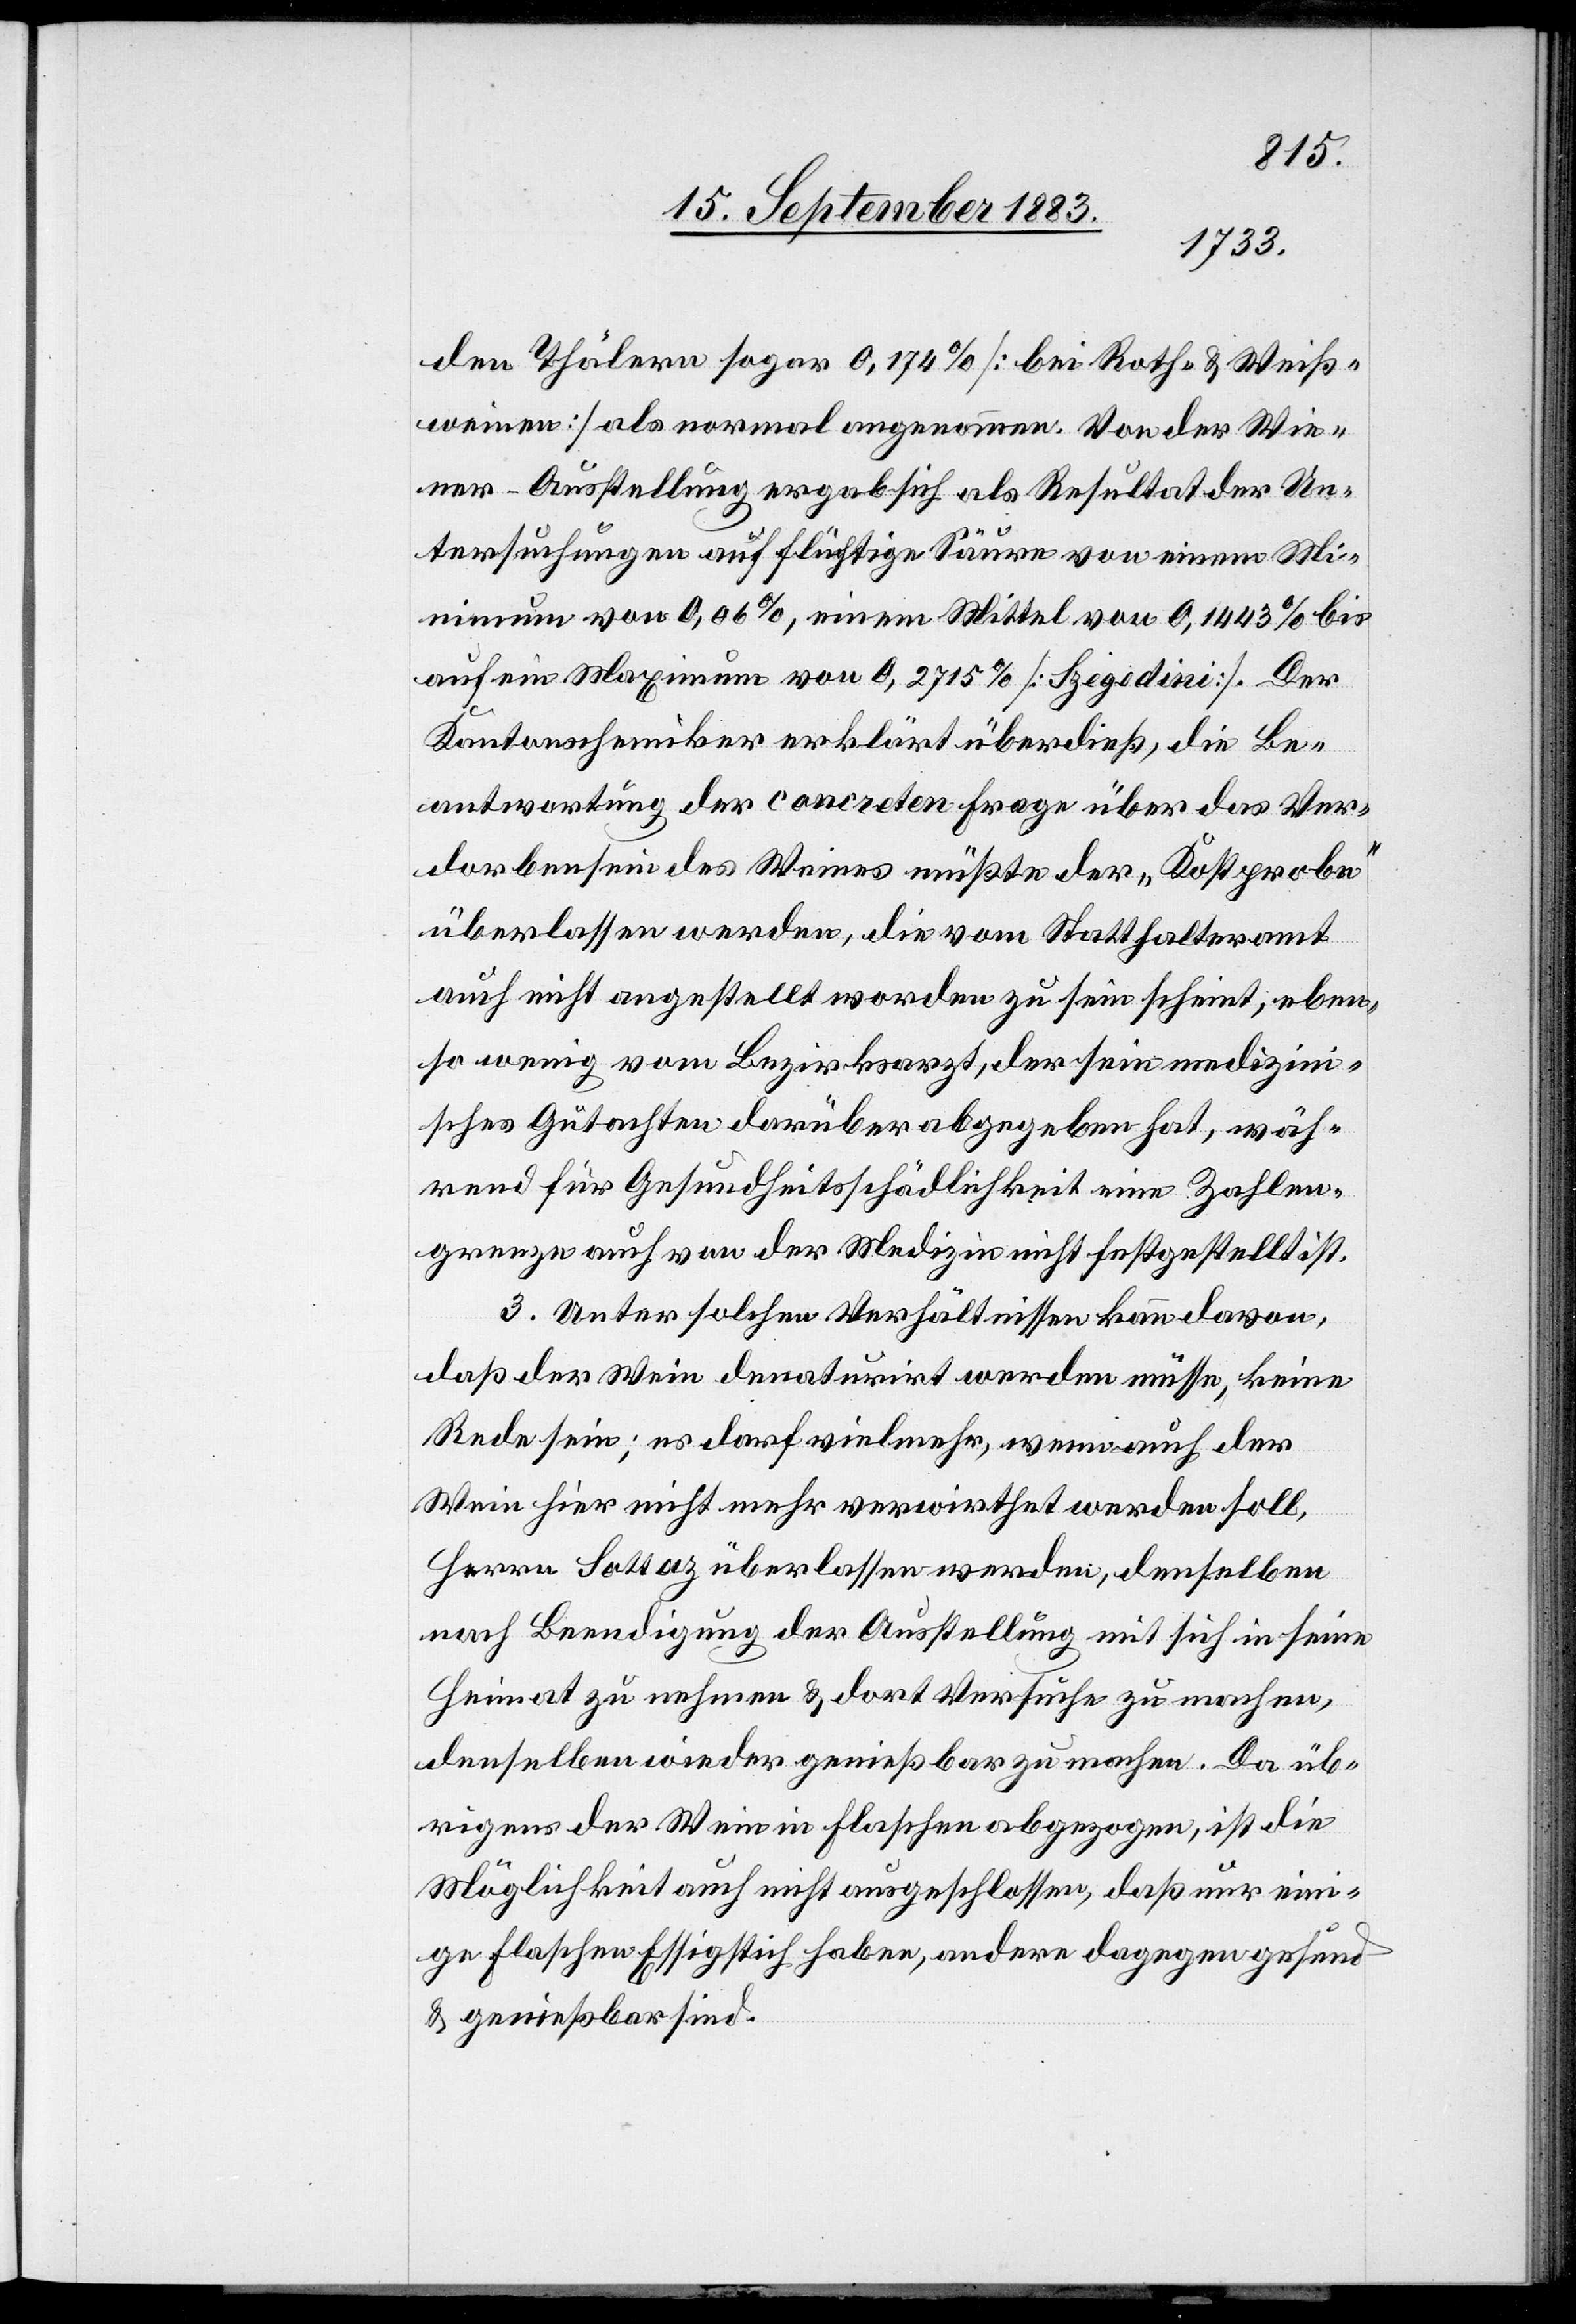
den Thälern sogar 0,174% [bei Roth- & Weiß¬
weinen] als normal angenommen. Von der Wie¬
ner-Ausstellung ergab sich als Resultat der Un¬
tersuchungen auf flüchtige Säure von einem Mi¬
nimum von 0,06%, einem Mittel von 0,1443% bis
auf ein Maximum von 0,2715% [Szegedini]. Der
Kantonschemiker erklärt überdieß, die Be¬
antwortung der concreten Frage über das Ver¬
dorbensein des Weines müßte der „Kostprobe“
überlassen werden, die vom Statthalteramt
auch nicht angestellt worden zu sein scheint, eben¬
so wenig vom Bezirksarzt, der sein medizin¬
isches Gutachten darüber abgegeben hat, wäh¬
rend für Gesundheitsschädlichkeit eine Zahlen¬
grenze auch von der Medizin nicht festgestellt ist.
3. Unter solchen Verhältnissen kann davon,
daß der Wein denaturirt werden müsse, keine
rede sein; es darf vielmehr, wenn auch der
Wein hier nicht mehr verwirthet werden soll,
Herrn Sottaz überlassen werden, denselben
nach Beendigung der Ausstellung mit sich in seine
Heimat zu nehmen & dort Versuche zu machen,
denselben wieder genießbar zu machen. Da üb¬
rigens der Wein in Flaschen abgezogen, ist die
Möglichkeit auch nicht ausgeschlossen, daß nur ein¬
ige Flaschen Essigstich haben, andere dagegen gesund
& genießbar sind.